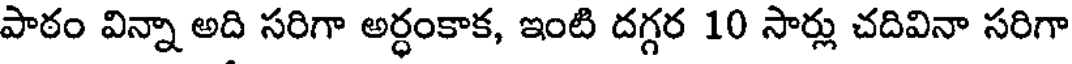
పాఠం విన్నా అది సరిగా అర్ధంకాక, ఇంటి దగ్గర 10 సార్లు చదివినా సరిగా